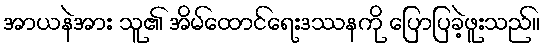
အာယနဲအား သူ၏ အိမ်ထောင်ရေးဒဿနကို ပြောပြခဲ့ဖူးသည်။